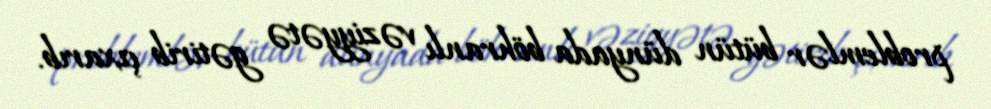
problemlər bütün dünyada böhranlı vəziyyətə gətirib çıxarıb.